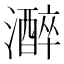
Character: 𤂭